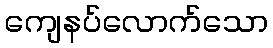
ကျေနပ်လောက်သော